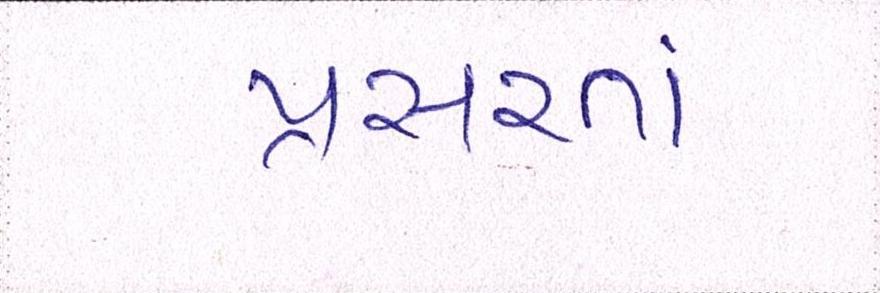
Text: પ્રસરતાં